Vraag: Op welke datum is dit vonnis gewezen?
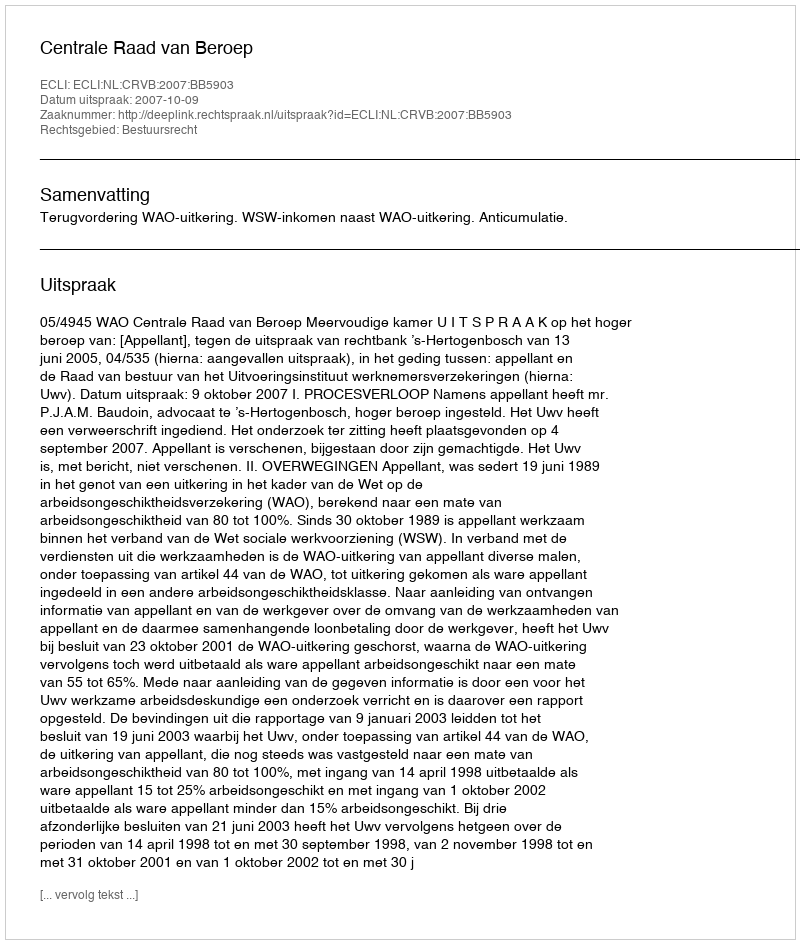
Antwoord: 2007-10-09